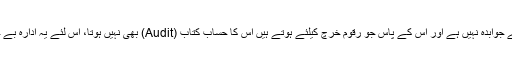
یہ ایک ایسا ادارہ ہے جو کسی کے سامنے جوابدہ نہیں ہے اور اس کے پاس جو رقوم خرچ کیلئے ہوتے ہیں اس کا حساب کتاب (Audit) بھی نہیں ہوتا، اس لئے یہ ادارہ بے حساب رقم خرچ کرنے کا حق رکھتا ہے۔